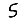
Digit: 5